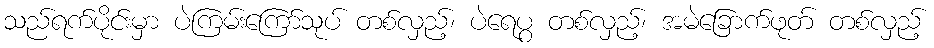
သည်ရက်ပိုင်းမှာ ပဲကြမ်းကြော်သုပ် တစ်လှည့်၊ ပဲရေပွ တစ်လှည့်၊ အမဲခြောက်ဖုတ် တစ်လှည့်